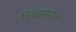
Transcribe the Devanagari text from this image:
विश्वमान्यता